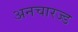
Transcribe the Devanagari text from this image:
अनचारज्ड